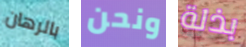
بالرهان ونحن بذلة